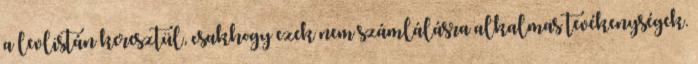
a levlistán keresztül, csakhogy ezek nem számlálásra alkalmas tevékenységek.